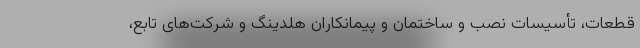
قطعات، تأسیسات نصب و ساختمان و پیمانکاران هلدینگ و شرکت‌های تابع،